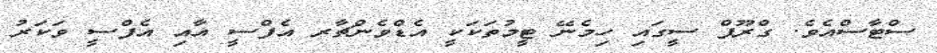
ސްޓާސްއެވެ. ގްރޫޕް ސީގައި ހިމެނޭ ޓީމުތަަކަކީ އެޑްވެންޗާރ އެފްސީ އާއި އެފްސީ ވަކަރު